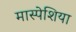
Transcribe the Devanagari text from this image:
मास्पेशिया